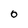
Character: O